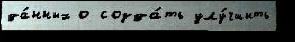
да́нных о созда́ть улу́чшить